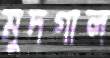
মুদগাল